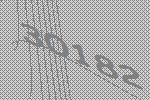
30182